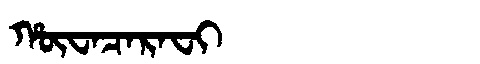
Manchu: ᡥᡡᠸᠠᠴᠠᡵᠠᠸᡳ
Romanization: HŪWACARAFI